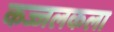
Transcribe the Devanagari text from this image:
कज्जलकला